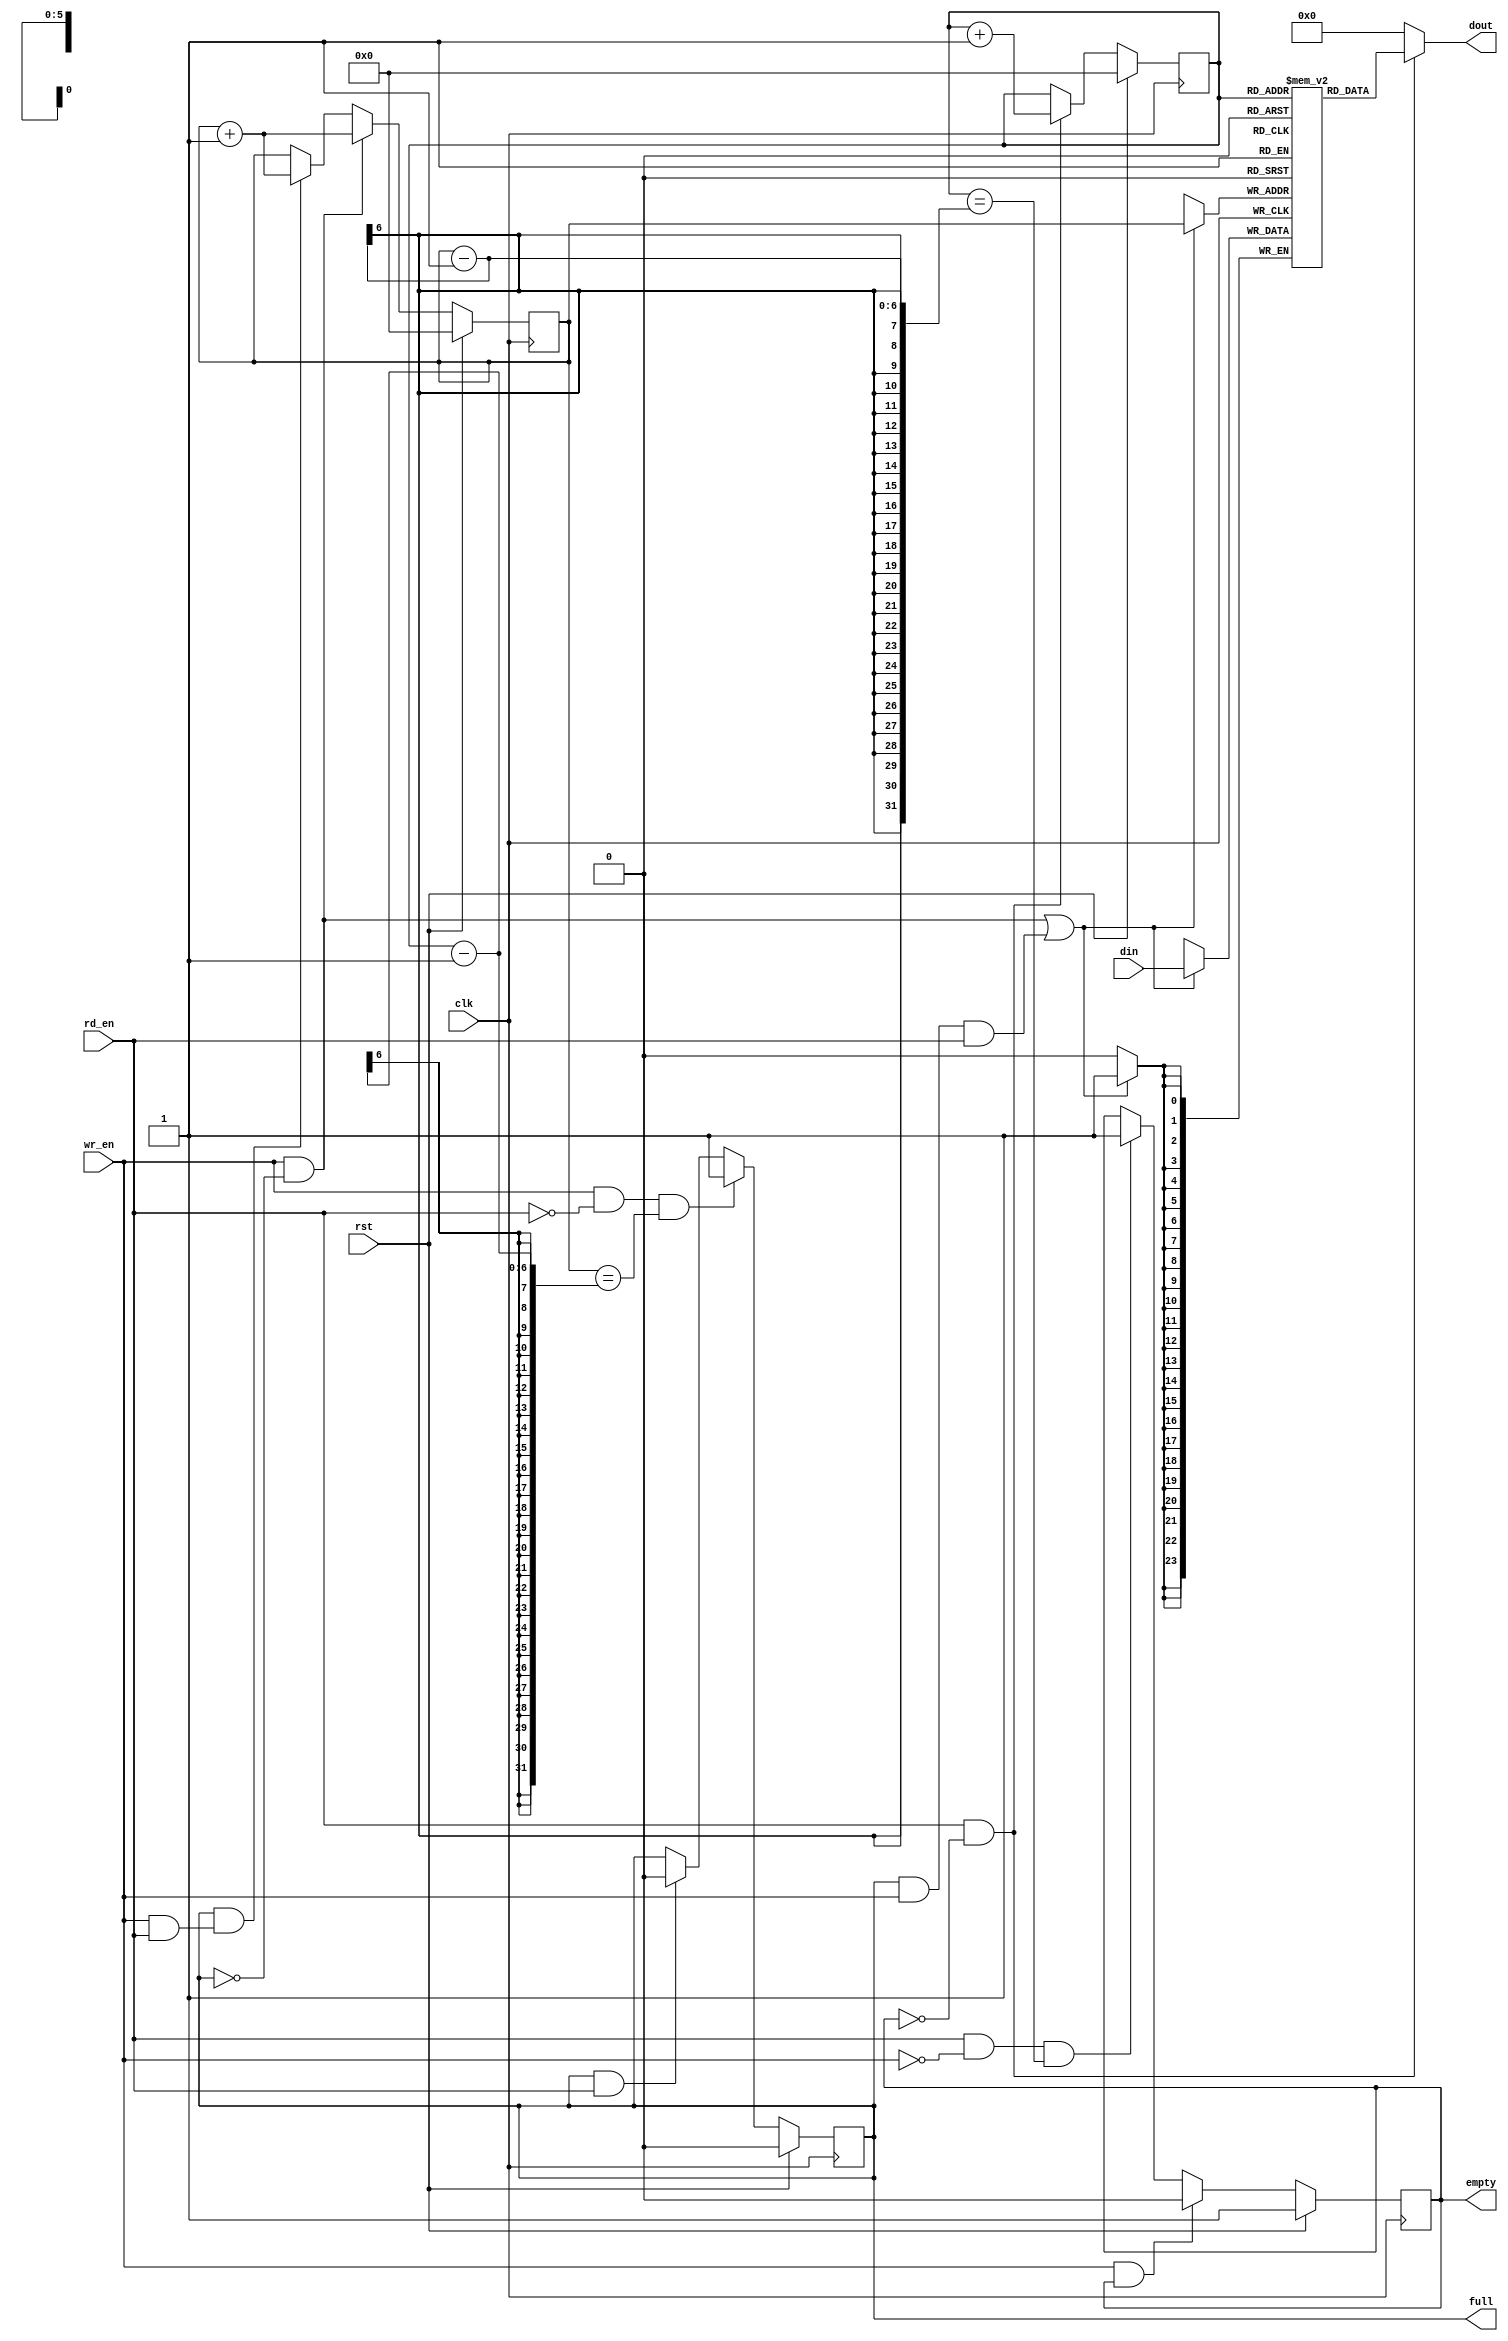
module s_fifo
#(parameter WIDTH=24,
parameter DEPTH=64
)
(
			  input clk		  ,
			  input rst		  ,
			  input[WIDTH-1 : 0] din,
			  input wr_en     ,
			  
			  
			  
			  
			  input rd_en	  ,
			  output[WIDTH-1 : 0] dout,
			  output reg empty,
			  output reg full
							  );  

//parameter WIDTH=4'd25,DEPTH=7'd64;//2564,2

reg [WIDTH-1 : 0] ram [DEPTH-1 : 0];//
//reg [DEPTH-1 : 0] count;
//wire [WIDTH-1 : 0] dout,din;//
reg[5:0] rp,wp;//

//din
always@(posedge clk) begin
if((wr_en & ~full) || (full & wr_en & rd_en)) begin
	ram[wp] <= din;
	end
end

//dout
assign dout = (rd_en & ~empty)?ram[rp]:0;

//wp
always@(posedge clk)begin
	if(rst)begin
		wp <= 0;
	end
	else if(wr_en & ~full) begin
		wp <= wp + 1;
		end
	else if(full && (wr_en & rd_en)) begin
		wp <= wp + 1;
	end
end

//rp
always@(posedge clk) begin
	if(rst) begin
		rp <= 0;
	end
    else if(rd_en & ~empty) begin
        rp <= rp + 1;
    end
end

//full
always@(posedge clk) begin
    if(rst) begin
        full <= 0;
    end
    else if((wr_en & ~rd_en) && (wp == rp - 1)) begin
        full <= 1;
    end
    else if(full & rd_en) begin
        full <= 0;
    end
end

//empty
always@(posedge clk) begin
    if(rst) begin
        empty <= 1;
    end
    else if(wr_en & empty) begin
        empty <= 0;
    end
    else if((rd_en & ~wr_en) && (rp == wp - 1)) begin
        empty <= 1;
    end
end

endmodule